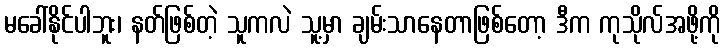
မခေါ်နိုင်ပါဘူး၊ နတ်ဖြစ်တဲ့ သူကလဲ သူ့မှာ ချမ်းသာနေတာဖြစ်တော့ ဒီက ကုသိုလ်အဖို့ကို